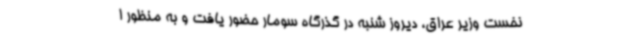
نخست وزیر عراق، دیروز شنبه در گذرگاه سومار حضور یافت و به منظور ا